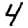
Digit: 4